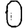
Digit: 0